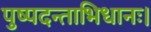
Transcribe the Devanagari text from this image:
पुष्पदन्ताभिधानः।